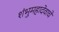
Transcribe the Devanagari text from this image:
शंभुमहादेवाचे